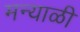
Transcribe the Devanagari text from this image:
मन्याळी